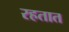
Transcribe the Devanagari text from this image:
रहतात